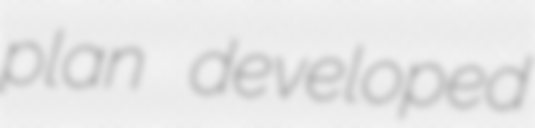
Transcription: plan developed